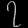
Digit: ၇